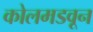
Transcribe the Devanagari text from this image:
कोलमडवून